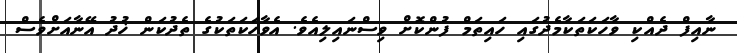
ނާއިފް ދެއްކި ވާހަކަތަކާމެދުގައި ހައިތަމް ފުންކޮށް ވިސްނައިލިއެވެ. އެވާހަކަތަކުގެ ތެދުކަން ޚުދު އޭނާއަށްވެސް